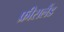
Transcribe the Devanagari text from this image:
फ्रीसलैंड